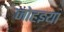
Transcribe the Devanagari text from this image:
जोहइया